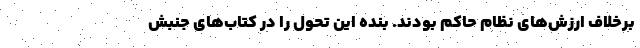
برخلاف ارزش‌های نظام حاکم بودند. بنده این تحول را در کتاب‌های جنبش